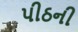
પીઠની